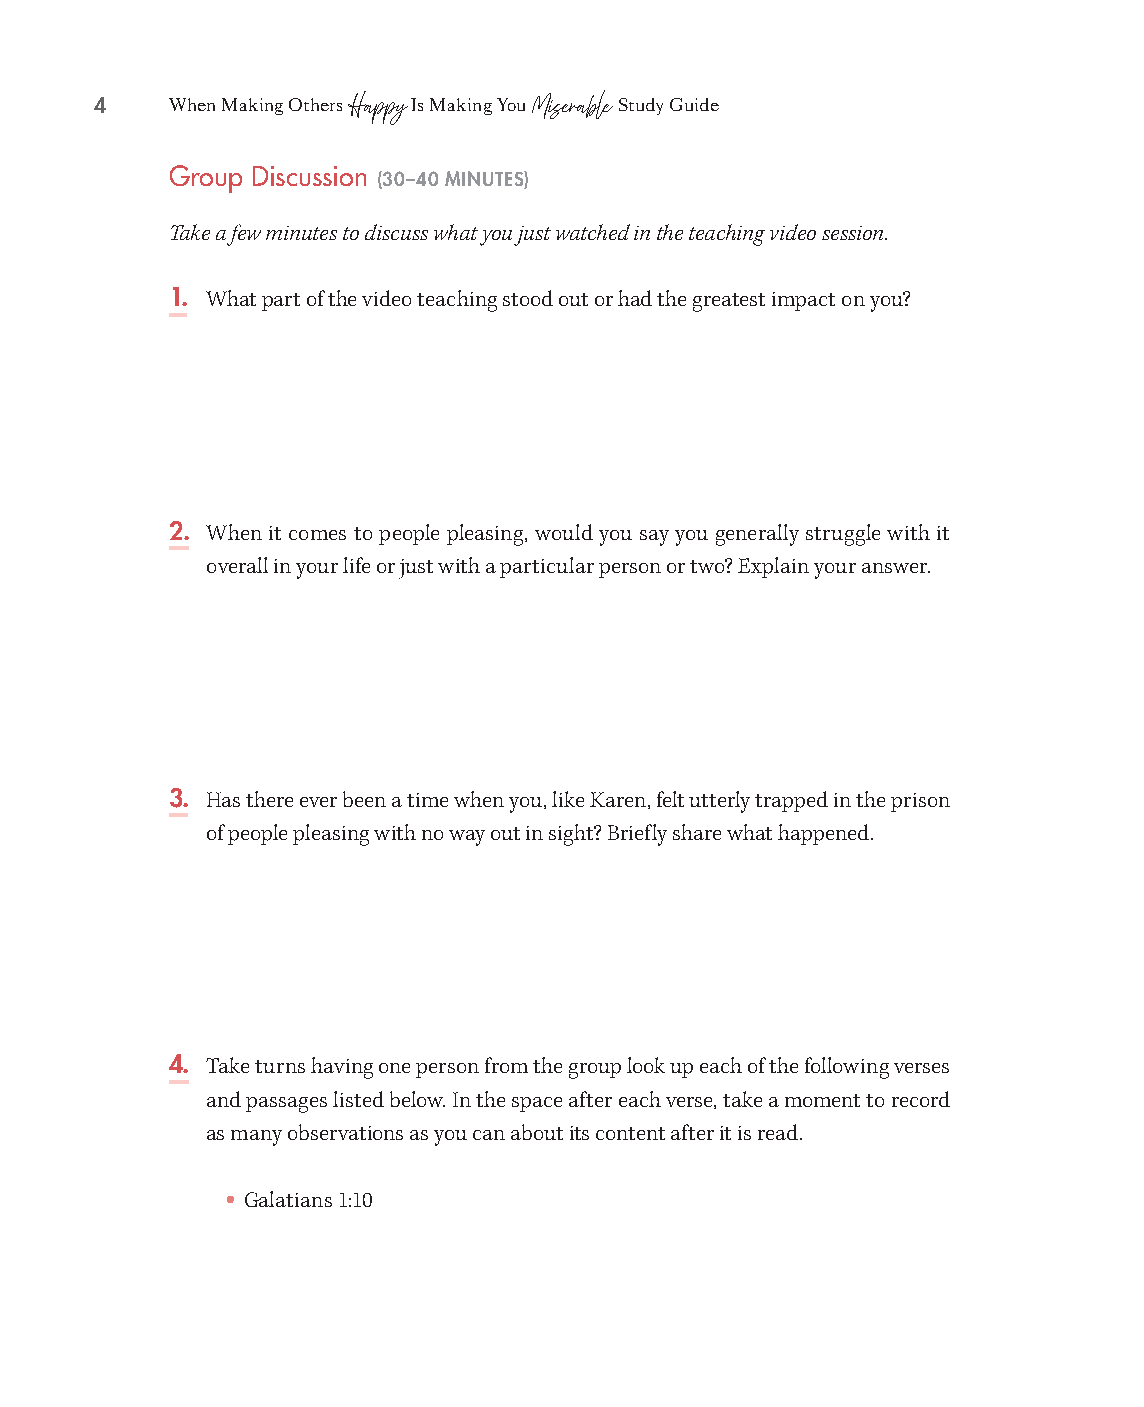
4    When Making Others Is Making You Study Guide
 Happy       Miserable
 Group Discussion (30–40 MINUTES)
 Take a few minutes to discuss what you just watched in the teaching video session.
 1. What part of the video teaching stood out or had the greatest impact on you?
 2. When it comes to people pleasing, would you say you generally struggle with it
 overall in your life or just with a particular person or two? Explain your answer.
 3. Has there ever been a time when you, like Karen, felt utterly trapped in the prison
 of people pleasing with no way out in sight? Briefly share what happened.
 4. Take turns having one person from the group look up each of the following verses
 and passages listed below. In the space after each verse, take a moment to record
 as many observations as you can about its content after it is read.
 •
 Galatians 1:10
 99778800331100008822776677__MMaakkiinnggOOtthheerrssHHaappppyySSGG__iinntt__SSCC..iinndddd 44 1100//1122//2211 11::1177 PPMM